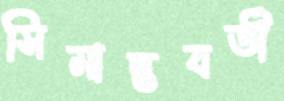
সিমান্তবর্তী